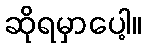
ဆိုရမှာပေါ့။